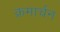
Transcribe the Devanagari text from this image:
क्रमार्चन